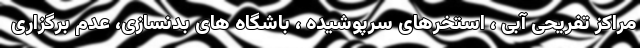
مراکز تفریحی آبی ، استخرهای سرپوشیده ، باشگاه های بدنسازی، عدم برگزاری